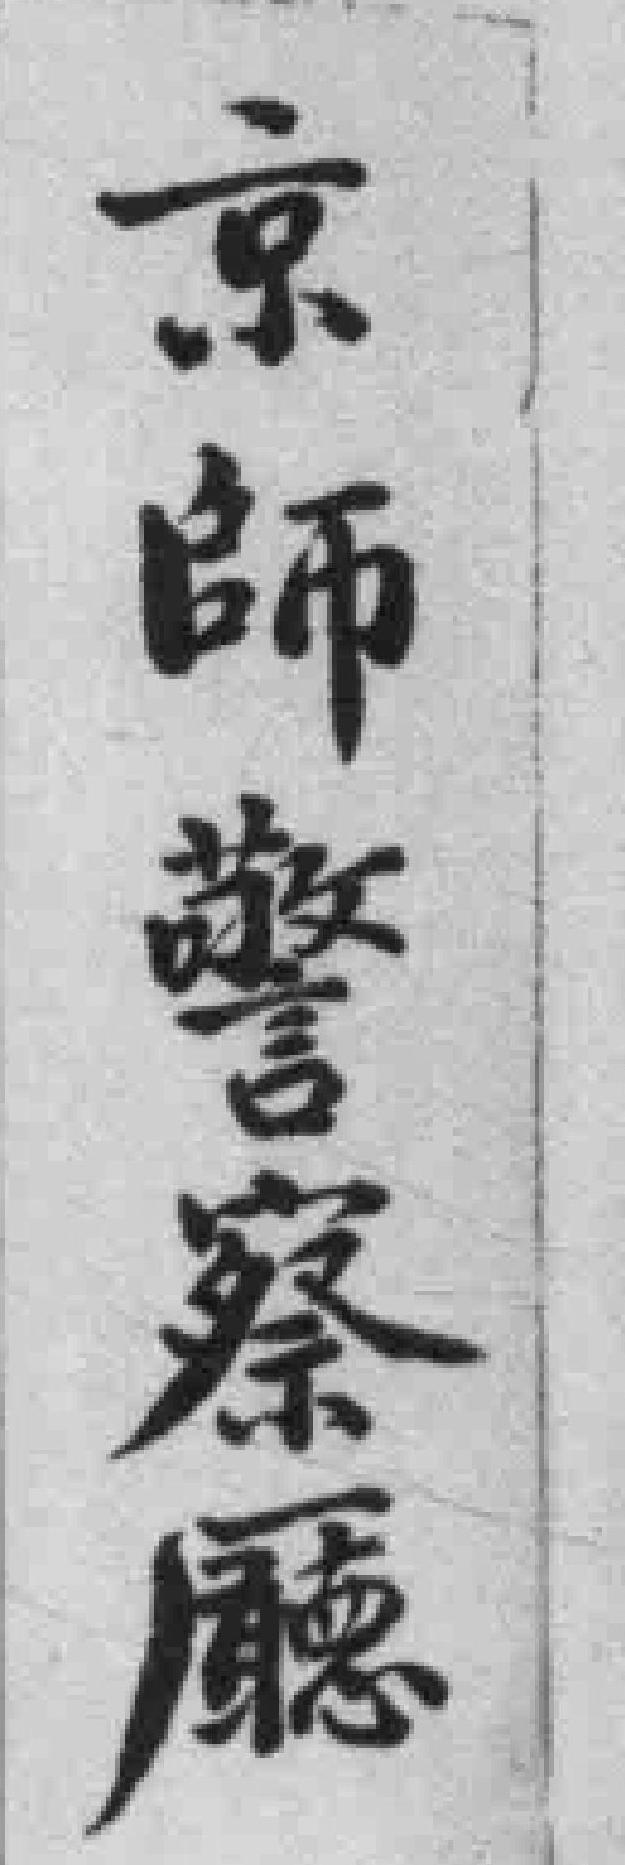
京師警察廳